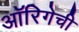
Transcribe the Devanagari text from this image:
ऑरिगेची